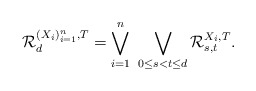
\begin{align*} \mathcal{R}_d^{(X_i)_{i=1}^n,T}=\bigvee_{i=1}^n\ \bigvee_{0\leq s<t\leq d}\mathcal{R}_{s,t}^{X_i,T}.\end{align*}